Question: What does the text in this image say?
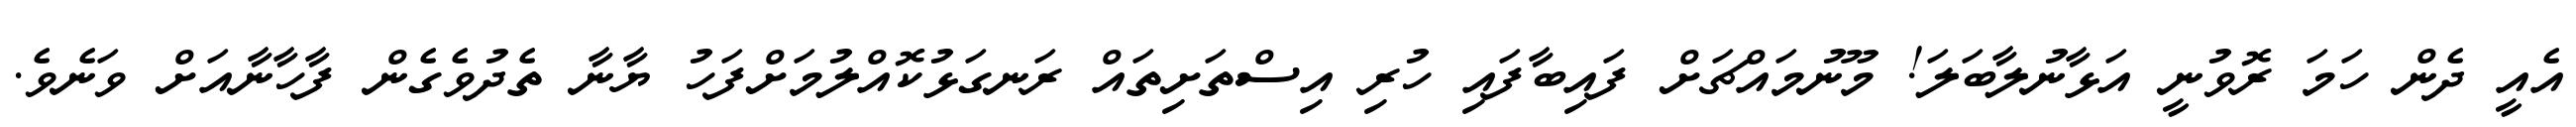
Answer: އެއީ ދެން ހަމަ ރޮވުނީ އަޅާނުލާބަލަ! މޫނުމައްޗަށް ފައިބާފައި ހުރި އިސްތަށިތައް ރަނގަޅުކޮއްލުމަށްފަހު ޔާނާ ތެދުވެގެން ފާހާނާއަށް ވަނެވެ.